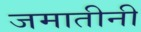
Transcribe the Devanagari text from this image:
जमातीनी